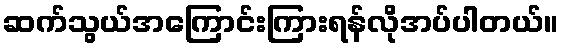
ဆက်သွယ်အကြောင်းကြားရန်လိုအပ်ပါတယ်။